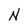
Character: N